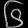
Digit: ၆